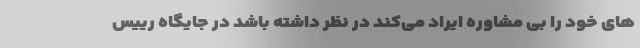
های خود را بی مشاوره ایراد می‌کند در نظر داشته باشد در جایگاه رییس